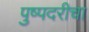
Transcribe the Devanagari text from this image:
पुष्पदरीचा